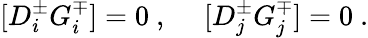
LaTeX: [D_{i}^{\pm}G_{i}^{\mp}]=0~,~~~~~[D_{j}^{\pm}G_{j}^{\mp}]=0~.